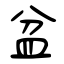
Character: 盆